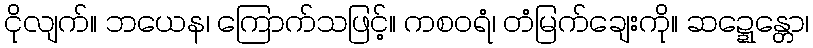
ငိုလျက်။ ဘယေန၊ ကြောက်သဖြင့်။ ကစဝရံ၊ တံမြက်ချေးကို။ ဆဍ္ဍေန္တော၊